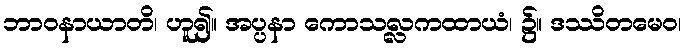
ဘာဝနာယာတိ၊ ဟူ၍။ အပ္ပနာ ကောသလ္လကထာယံ၊ ၌။ ဒဿိတမေဝ၊